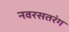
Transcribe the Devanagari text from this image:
नवरसतरंग